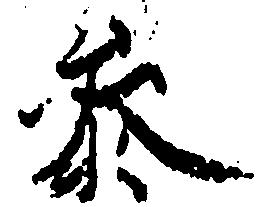
参